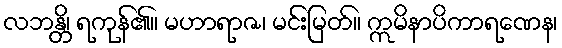
လဘန္တိ၊ ရကုန်၏။ မဟာရာဇ၊ မင်းမြတ်။ ဣမိနာပိကာရဏေန၊